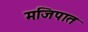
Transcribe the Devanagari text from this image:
मजिपात